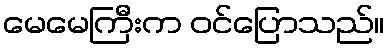
မေမေကြီးက ဝင်ပြောသည်။